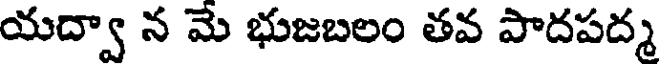
యద్వా న మే భుజబలం తవ పాదపద్మ